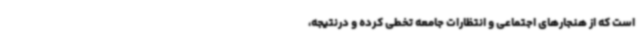
است که از هنجارهای اجتماعی و انتظارات جامعه تخطی کرده و درنتیجه،